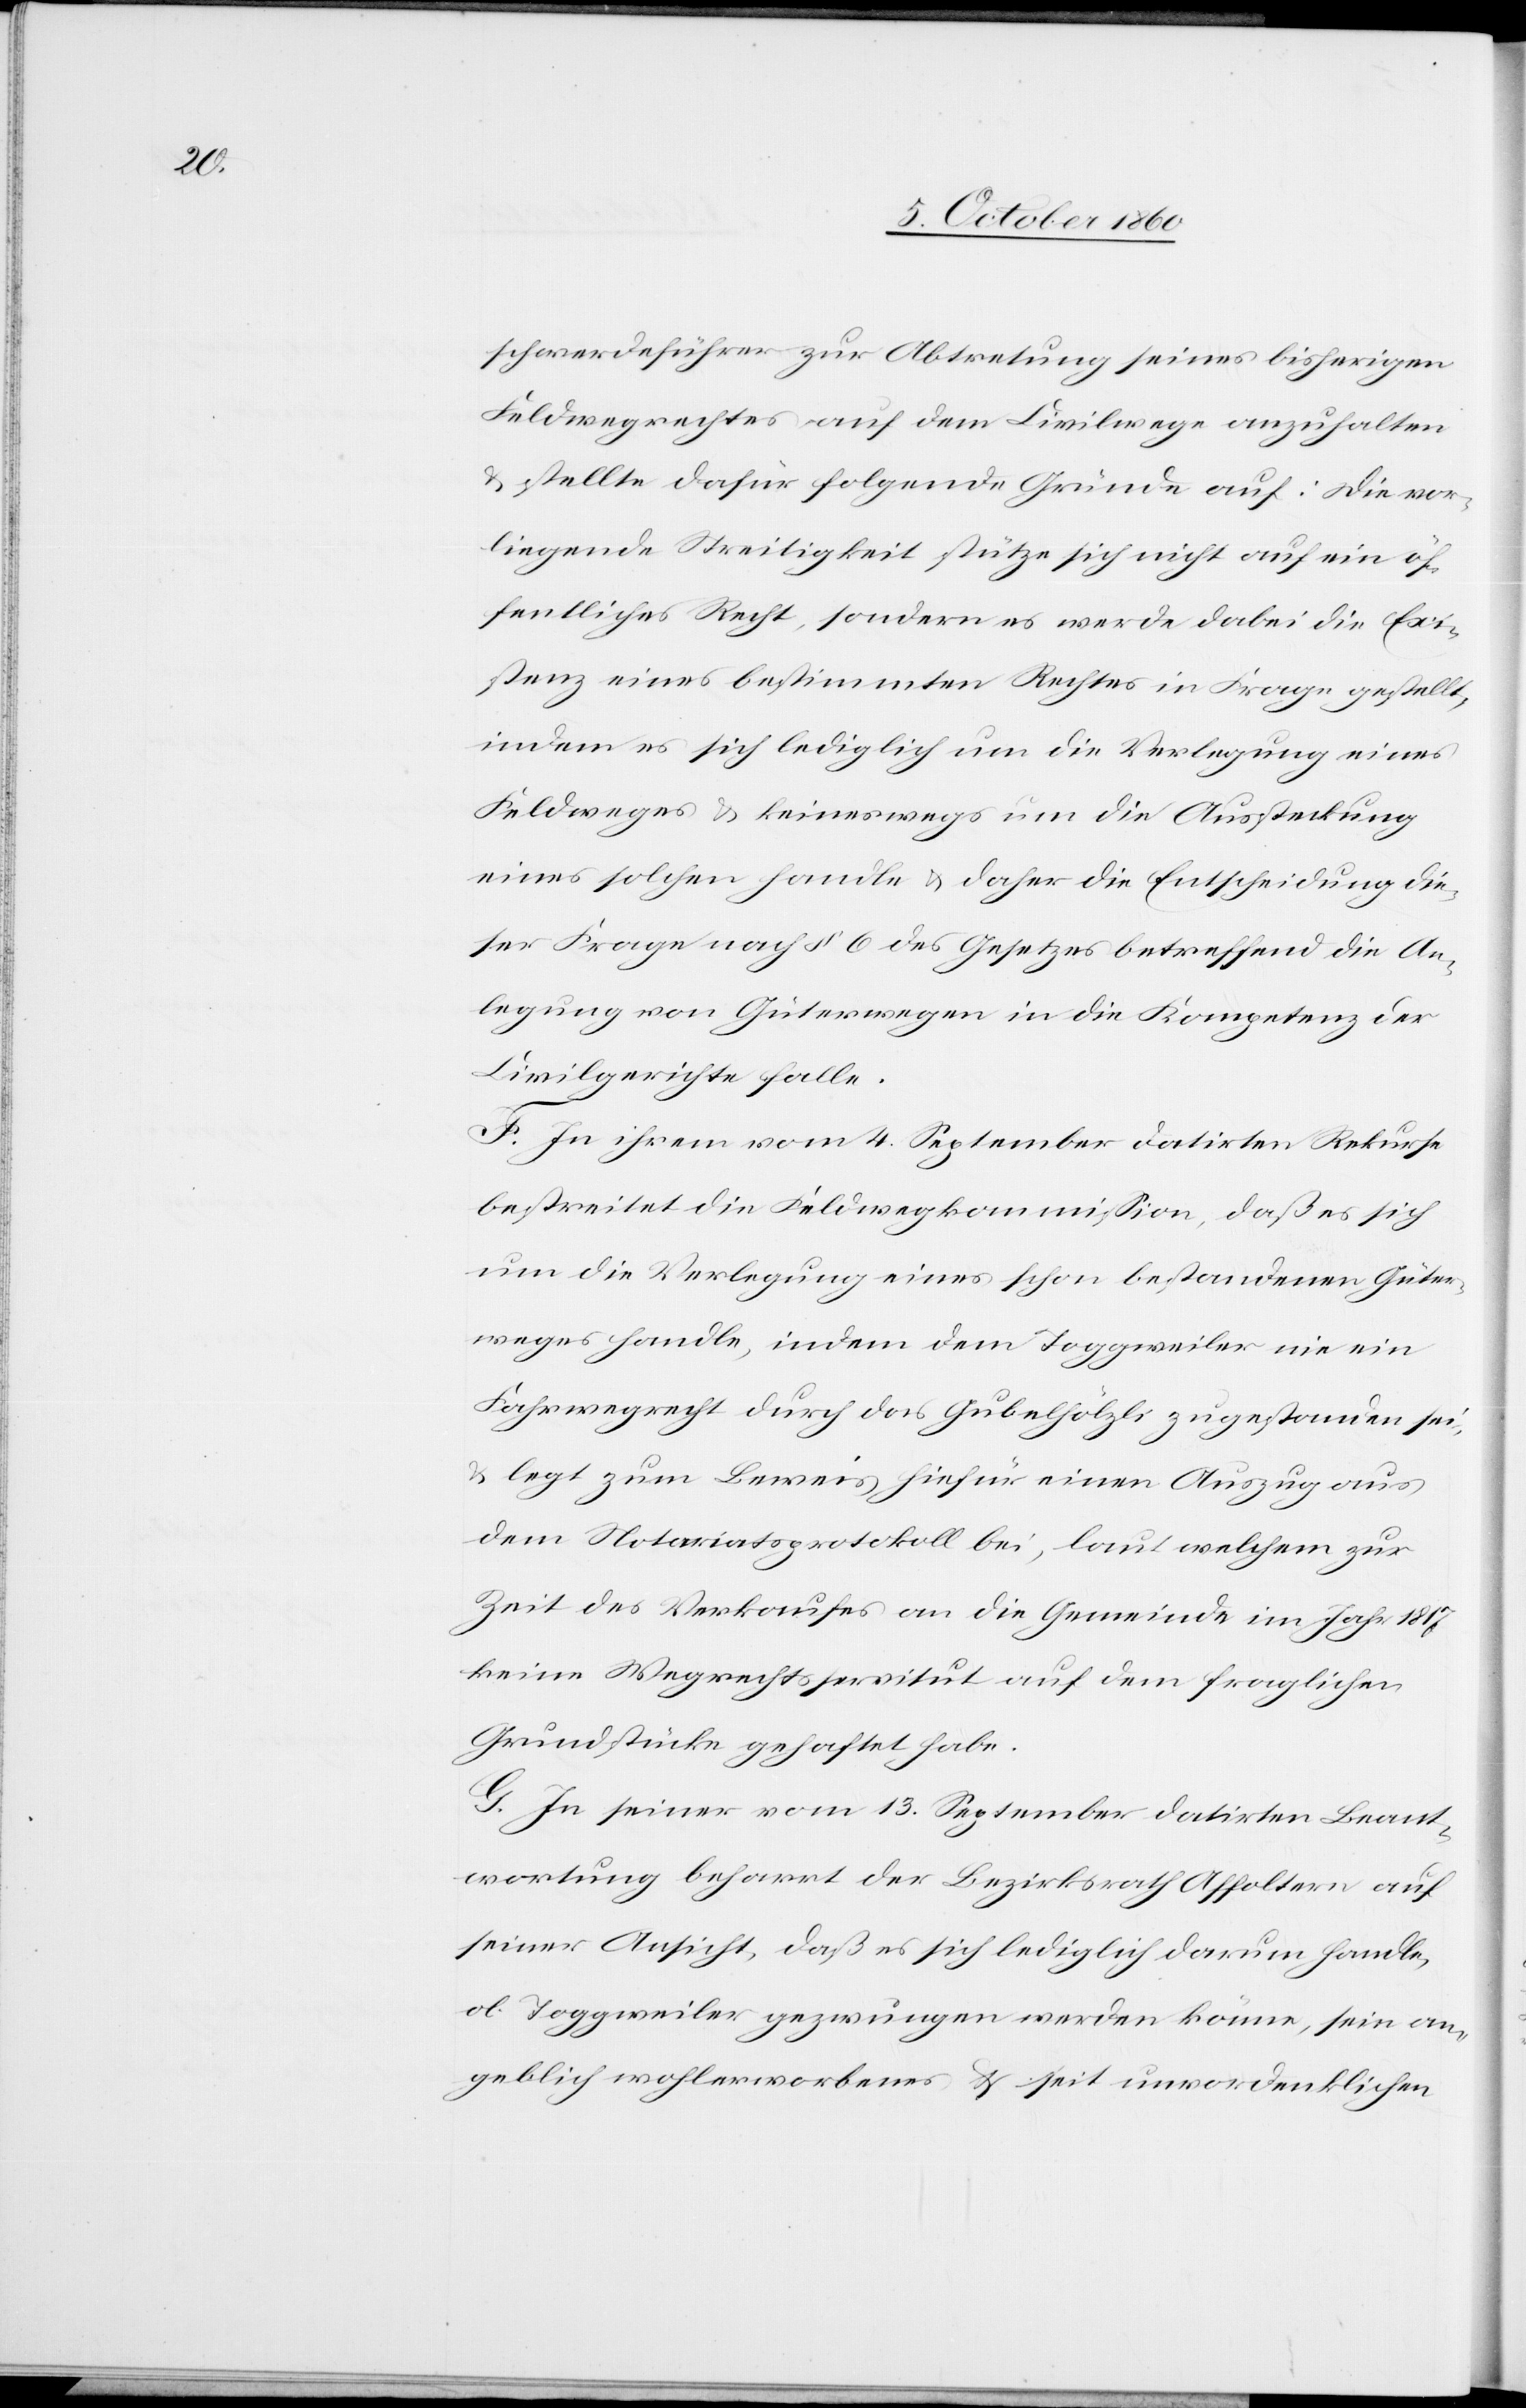
schwerdeführer zur Abtretung seines bisherigen
Feldwegrechtes auf dem Civilwege anzuhalten
u. stellte dafür folgende Gründe auf: Die vor¬
liegende Streitigkeit stütze sich nicht auf ein öf¬
fentliches Recht, sondern es werde dabei die Exi¬
stenz eines bestimmten Rechtes in Frage gestellt,
indem es sich lediglich um die Verlegung eines
Feldweges u. keineswegs um die Aussteckung
eines solchen handle u. daher die Entscheidung die¬
ser Frage nach § 6 des Gesetzes betreffend die An¬
legung von Güterwegen in die Kompetenz der
Civilgerichte falle.
F. In ihrem vom 4. September datirten Rekurse
bestreitet die Feldwegkommission, daß es sich
um die Verlegung eines schon bestandenen Güter¬
wegs handle, indem dem Toggweiler nie ein
Fahrwegrecht durch des Gubelhölzli zugestanden sei,
u. legt zum Beweise hiefür einen Auszug aus
dem Notariatsprotokoll bei, laut welchem zur
Zeit des Verkaufes an die Gemeinde im Jahr 1817
keine Wegrechtsservitut auf dem fraglichen
Grundstücke gehaftet habe.
G. In seiner vom 13. September datirten Beant¬
wortung beharrt der Bezirksrath Affoltern auf
seiner Ansicht, daß es sich lediglich darum handle,
ob Toggweiler gezwungen werden könne, sein an¬
geblich wohlerworbenes u. seit unvordenklichen